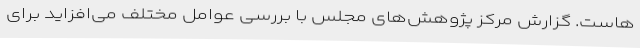
‌هاست. گزارش مرکز پژوهش‌های مجلس با بررسی عوامل مختلف می‌افزاید برای